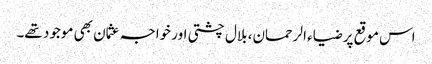
اس موقع پر ضیاء الرحمان، بلال چشتی اور خواجہ عثمان بھی موجود تھے۔